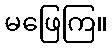
မဖြေကြ။